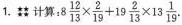
1.计算：$$8 \frac{12}{13}\times \frac{2}{19}+19 \frac{2}{13}\times 13 \frac{1}{19}$$.